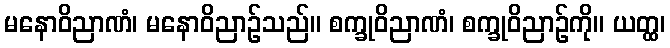
မနောဝိညာဏံ၊ မနောဝိညာဉ်သည်။ စက္ခုဝိညာဏံ၊ စက္ခုဝိညာဉ်ကို။ ယတ္ထ၊